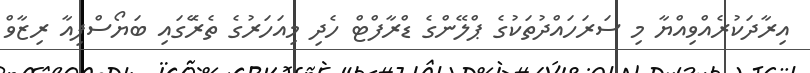
އިރާދަކުރެއްވިއްޔާ މި ސަރަހައްދުތަކުގެ ޕްލޭންގެ ޑްރާފްޓް ހެދި މިއަހަރުގެ ތެރޭަގައި ބަޔޯސްފިއާ ރިޒާވް